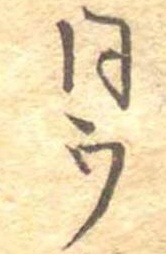
同ウ